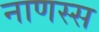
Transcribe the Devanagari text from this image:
नाणस्स